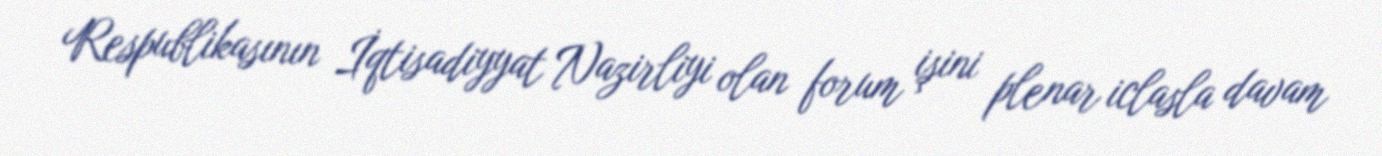
Respublikasının İqtisadiyyat Nazirliyi olan forum işini plenar iclasla davam